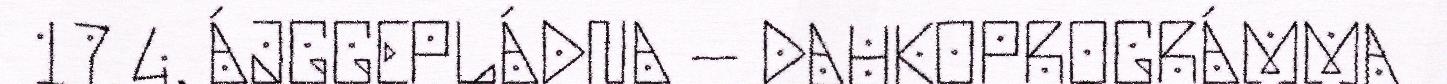
17 4. ÁJGGEPLÁDNA – DAHKOPROGRÁMMA